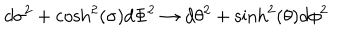
d \sigma ^ { 2 } + \cosh ^ { 2 } ( \sigma ) d \Phi ^ { 2 } \to d \theta ^ { 2 } + \sinh ^ { 2 } ( \theta ) d \phi ^ { 2 }